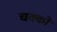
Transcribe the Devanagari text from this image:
चक्को